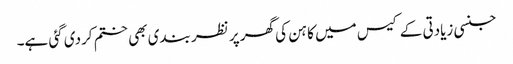
جنسی زیادتی کے کیس میں کاہن کی گھر پر نظر بندی بھی ختم کردی گئی ہے۔